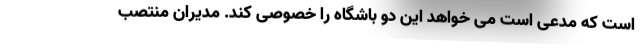
است که مدعی است می خواهد این دو باشگاه را خصوصی کند. مدیران منتصب